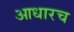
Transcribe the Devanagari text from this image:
आधारच